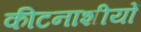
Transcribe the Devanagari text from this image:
कीटनाशीयों